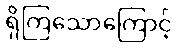
ရှိကြသောကြောင့်